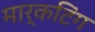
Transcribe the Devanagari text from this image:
मार्कटिंग